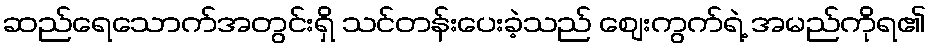
ဆည်ရေသောက်အတွင်းရှိ သင်တန်းပေးခဲ့သည် ဈေးကွက်ရဲ့ အမည်ကိုရ၏